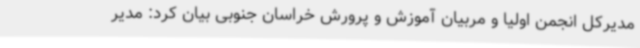
مدیرکل انجمن اولیا و مربیان آموزش و پرورش خراسان جنوبی بیان کرد: مدیر